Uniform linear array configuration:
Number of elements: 4
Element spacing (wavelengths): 0.75
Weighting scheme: uniform
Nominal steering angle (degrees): -45
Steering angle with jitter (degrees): -43.385
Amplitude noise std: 0.05
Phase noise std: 0.05

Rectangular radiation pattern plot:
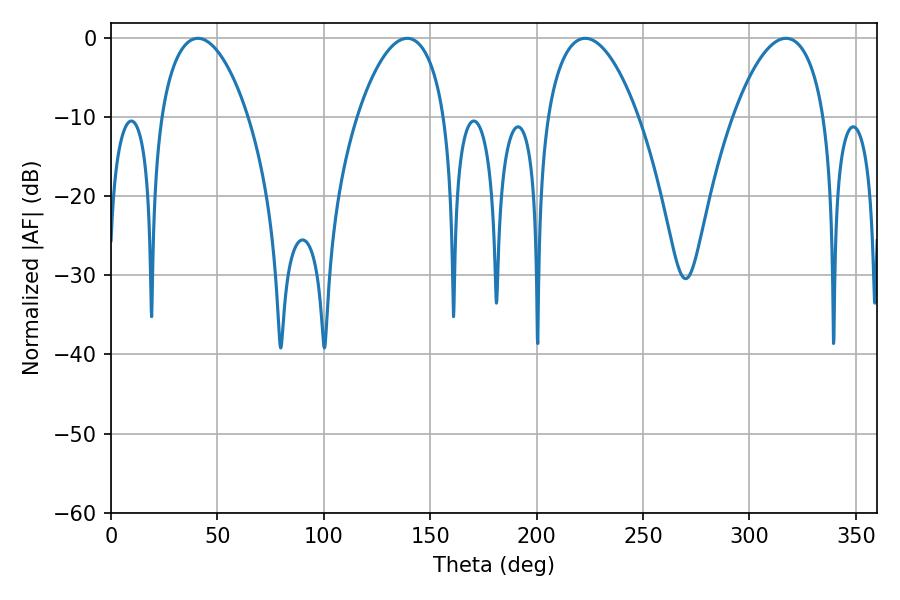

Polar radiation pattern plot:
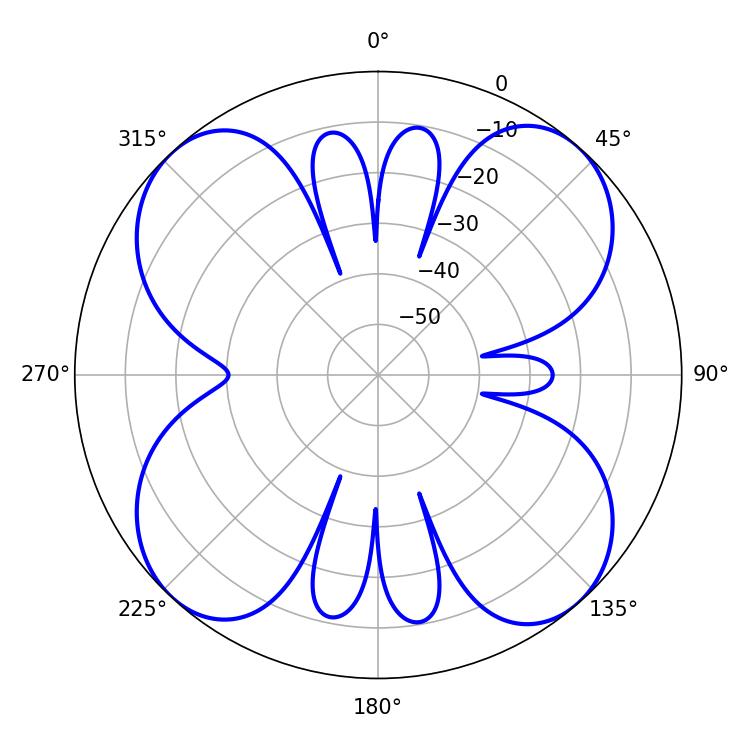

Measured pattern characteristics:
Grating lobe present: TRUE
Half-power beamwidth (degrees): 23.94
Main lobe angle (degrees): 317.16